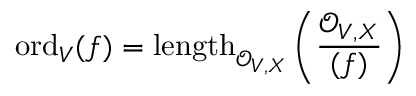
{ \mathrm { o r d } } _ { V } ( f ) = { \mathrm { l e n g t h } } _ { { \mathcal { O } } _ { V , X } } \left( { \frac { { \mathcal { O } } _ { V , X } } { ( f ) } } \right)